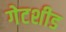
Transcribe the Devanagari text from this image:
गेटशीड